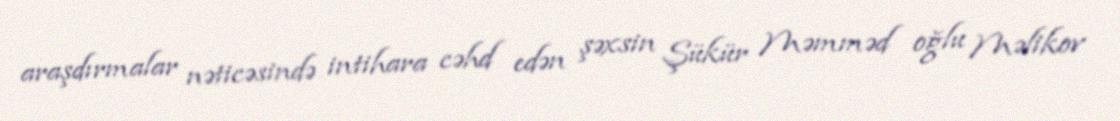
araşdırmalar nəticəsində intihara cəhd edən şəxsin Şükür Məmməd oğlu Məlikov